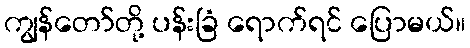
ကျွန်တော်တို့ ပန်းခြံ ရောက်ရင် ပြောမယ်။